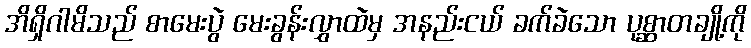
အိရှိဂါမိသည် စာမေးပွဲ မေးခွန်းလွှာထဲမှ အနည်းငယ် ခက်ခဲသော ပုစ္ဆာတချို့ကို